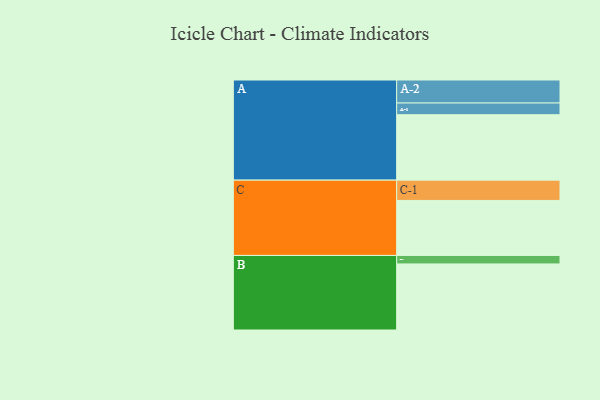
{"axis": {"x": "Segment", "y": "Value"}, "legend": ["", "A", "B", "C"], "data": [{"x": "A", "y": 509, "type": ""}, {"x": "B", "y": 514, "type": ""}, {"x": "C", "y": 428, "type": ""}, {"x": "A-1", "y": 91, "type": "A"}, {"x": "A-2", "y": 179, "type": "A"}, {"x": "B-1", "y": 66, "type": "B"}, {"x": "C-1", "y": 158, "type": "C"}]}